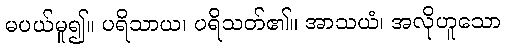
မပယ်မူ၍။ ပရိသာယ၊ ပရိသတ်၏။ အာသယံ၊ အလိုဟူသော